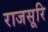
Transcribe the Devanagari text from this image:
राजसूरि